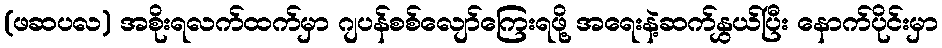
(ဖဆပလ) အစိုးရလက်ထက်မှာ ဂျပန်စစ်လျော်ကြေးရဖို့ အရေးနဲ့ဆက်နွှယ်ပြီး နောက်ပိုင်းမှာ